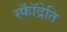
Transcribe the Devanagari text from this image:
स्फॉँद्रेति